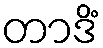
တာဒိံ